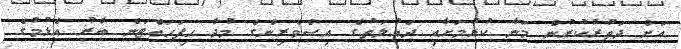
އަށް ދަތުރުކުރުން މަނާ ކުރުމަށާއި ދައުލަތުގެ އިސްވެރިންގެ މުދާ ހިފަހައްޓަން ބާރު އެޅުމުގެ